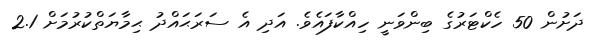
ދަށުން 50 ހެކްޓަރުގެ ބިންވަނީ ހިއްކާފައެވެ. އަދި އެ ސަރަޙައްދު ޙިމާޔަތްކުރުމަށް 2.1